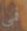
فمي